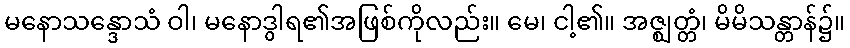
မနောသန္ဒောသံ ဝါ၊ မနောဒွါရ၏အဖြစ်ကိုလည်း။ မေ၊ ငါ့၏။ အဇ္ဈတ္တံ၊ မိမိသန္တာန်၌။